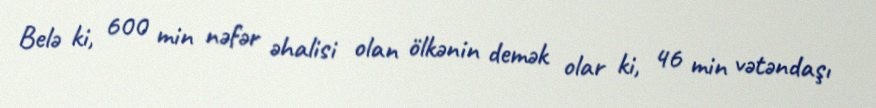
Belə ki, 600 min nəfər əhalisi olan ölkənin demək olar ki, 46 min vətəndaşı